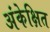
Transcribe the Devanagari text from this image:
अंकेक्षित